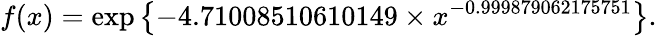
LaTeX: f(x)=\exp\left\{ -4.71008510610149\times x^{-0.999879062175751}\right\} .